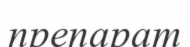
препарат